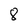
Character: 8